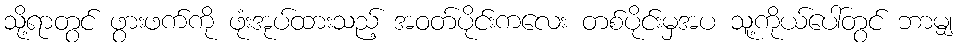
သို့ရာတွင် ဖွားဖက်ကို ဖုံးအုပ်ထားသည့် အဝတ်ပိုင်းကလေး တစ်ပိုင်းမှအပ သူ့ကိုယ်ပေါ်တွင် ဘာမျှ